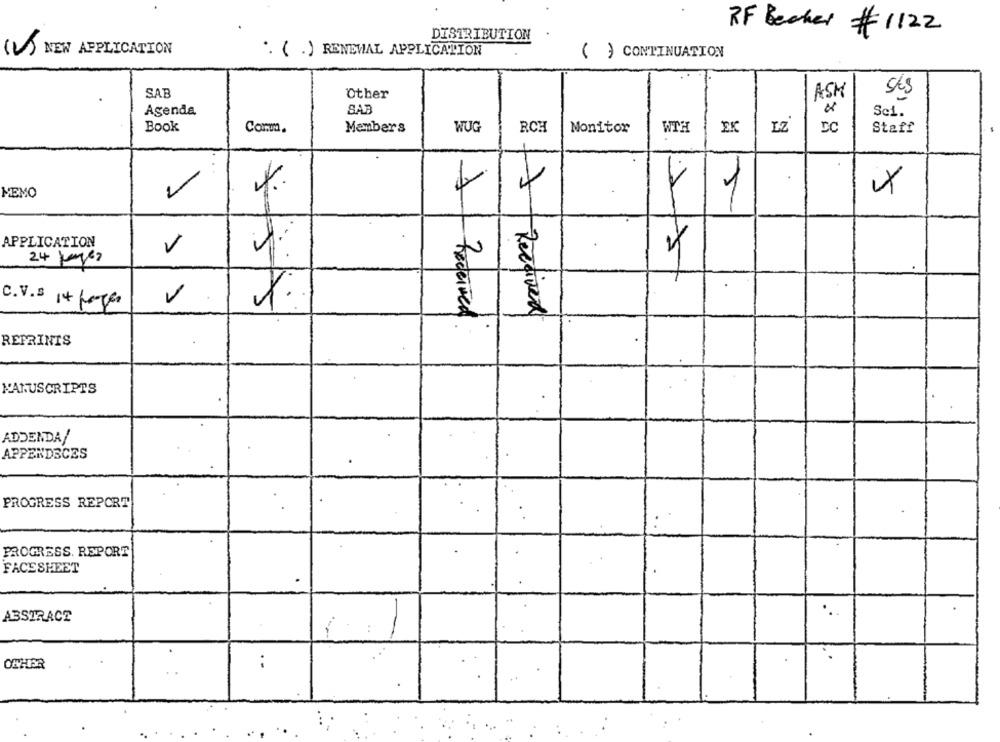
DISTRIBUTION
RF Becker # 1122
) NEW APPLICATION
". ( .) RENEWAL APPLICATION
( ) CONTINUATION
SAB
Other
ASM
sts
Agenda
SAB
Sci.
Book
Cormm
Members
WUG
RCH
Monitor
WTH
EK
DC
Staff
1
x
MEMO
APPLICATION
V
24 Junyer
C.V.s 14 pages
Received
REPRINTS
NANUSCRIPTS
ADDENDA/
APPENDECES
PROGRESS REPORT
PROGRESS. REPORT
FACESHEET
...
ABSTRACT
ONHER